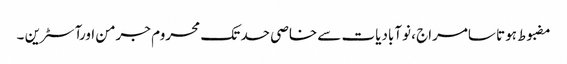
مضبوط ہوتا سامراج ، نوآبادیات سے خاصی حد تک محروم جرمن اورآسٹرین ۔